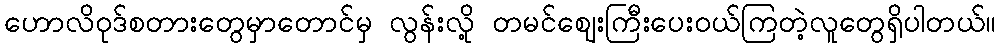
ဟောလိဝုဒ်စတားတွေမှာတောင်မှ လွန်းလို့ တမင်ဈေးကြီးပေးဝယ်ကြတဲ့လူတွေရှိပါတယ်။